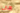
هي